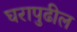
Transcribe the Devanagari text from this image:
घरापुढील